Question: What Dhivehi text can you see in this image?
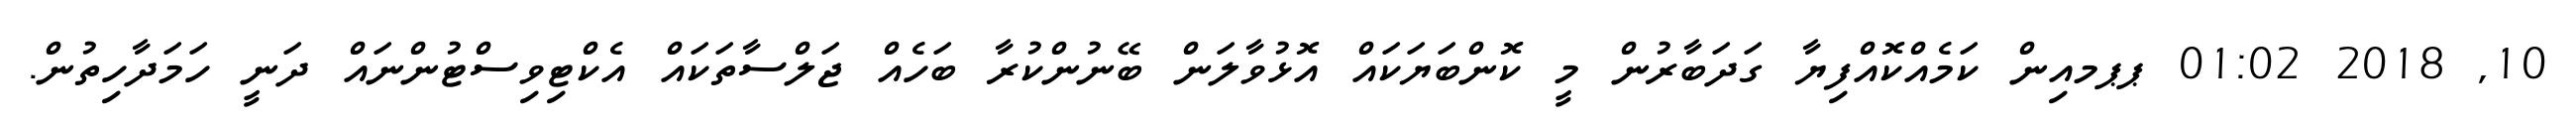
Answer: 10, 2018 01:02 ޕޕމއިން ކަމެއްކޮއްފިޔާ ގަދަބާރުން މީ ކޮންބަޔަކައް އޮޅުވާލަން ބޭނުންކުރާ ބަހެއް ޖަލްސާތަކައް އެކްޓިވިސްޓުންނައް ދަނީ ހަމަދާހިތުން.